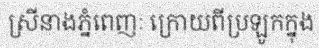
ស្រីនាងភ្នំពេញៈ ក្រោយពីប្រឡូកក្នុង